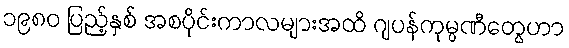
၁၉၈၀ ပြည့်နှစ် အစပိုင်းကာလများအထိ ဂျပန်ကုမ္ပဏီတွေဟာ